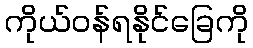
ကိုယ်ဝန်ရနိုင်ခြေကို